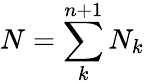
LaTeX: N=\sum_{k}^{n+1}N_{k}